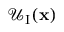
\mathcal { U } _ { \mathrm { I } } ( \mathbf { x } )